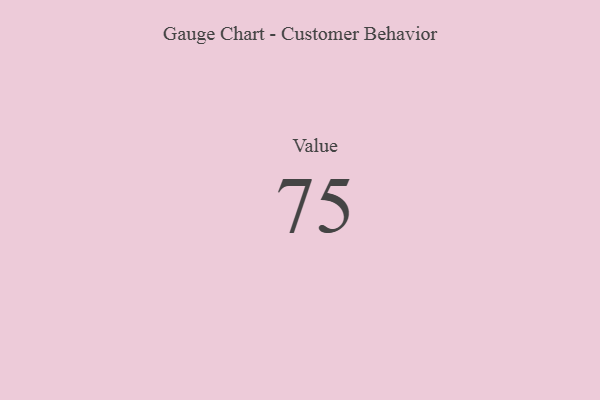
{"axis": {"x": "Metric", "y": "Value"}, "legend": [""], "data": [{"x": "Value", "y": 75, "type": ""}]}